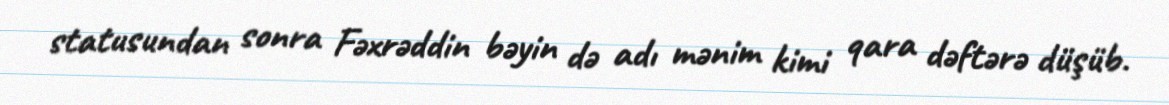
statusundan sonra Fəxrəddin bəyin də adı mənim kimi qara dəftərə düşüb.